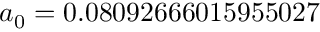
a _ { 0 } = 0 . 0 8 0 9 2 6 6 6 0 1 5 9 5 5 0 2 7